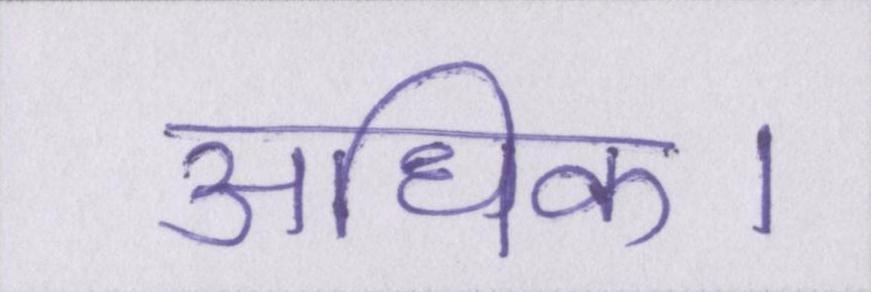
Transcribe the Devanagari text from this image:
अधिक।